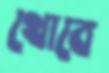
থোবে